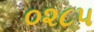
૦૨૮૫